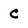
Character: C